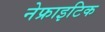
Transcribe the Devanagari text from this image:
नेफ्राइटिक